Language: tamil
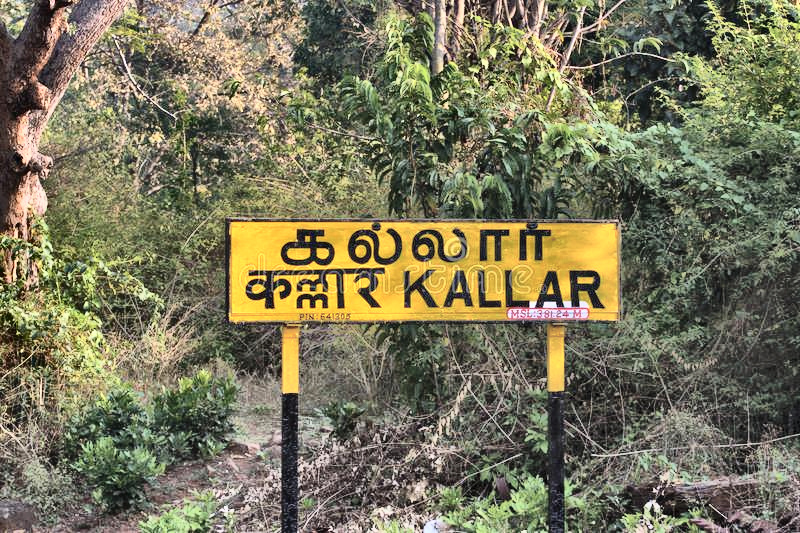
Transcription: கல்லார்